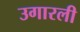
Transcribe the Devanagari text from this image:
उगारली